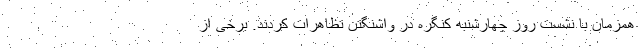
همزمان با نشست روز چهارشنبه کنگره در واشنگتن تظاهرات کردند. برخی از